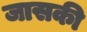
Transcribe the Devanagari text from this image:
जासकी